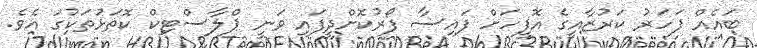
ބައެއް ފަހަރު ކަރުޒާއީގެ އޮފީހަށް ފައިސާ ފޯރުކޮށްދީފައި ވަނީ ޕްލާސްޓިކް ކޮތަޅުތަކުގަ އެވެ.